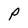
Character: P